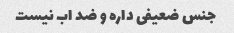
جنس ضعیفی داره و ضد اب نیست